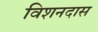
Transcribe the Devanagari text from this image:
विशनदास